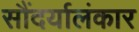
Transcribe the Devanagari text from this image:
सौंदर्यालंकार